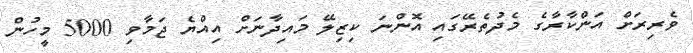
ވެރިރަށް އަންކާރާގެ މެދުތެރޭގައި އޮންނަ ކިޒިލޭ މައިދާނަށް އިއްޔެ ޖަމާވި 5000 މީހުން